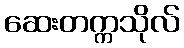
ဆေးတက္ကသိုလ်